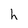
Character: h